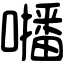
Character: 𡃓